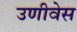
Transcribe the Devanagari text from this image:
उणीवेस